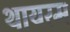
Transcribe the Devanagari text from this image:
थायरम